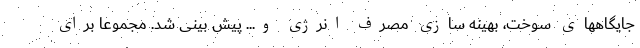
جایگاههای سوخت، بهینه سازی مصرف انرژی و... پیش بینی شد. مجموعا برای